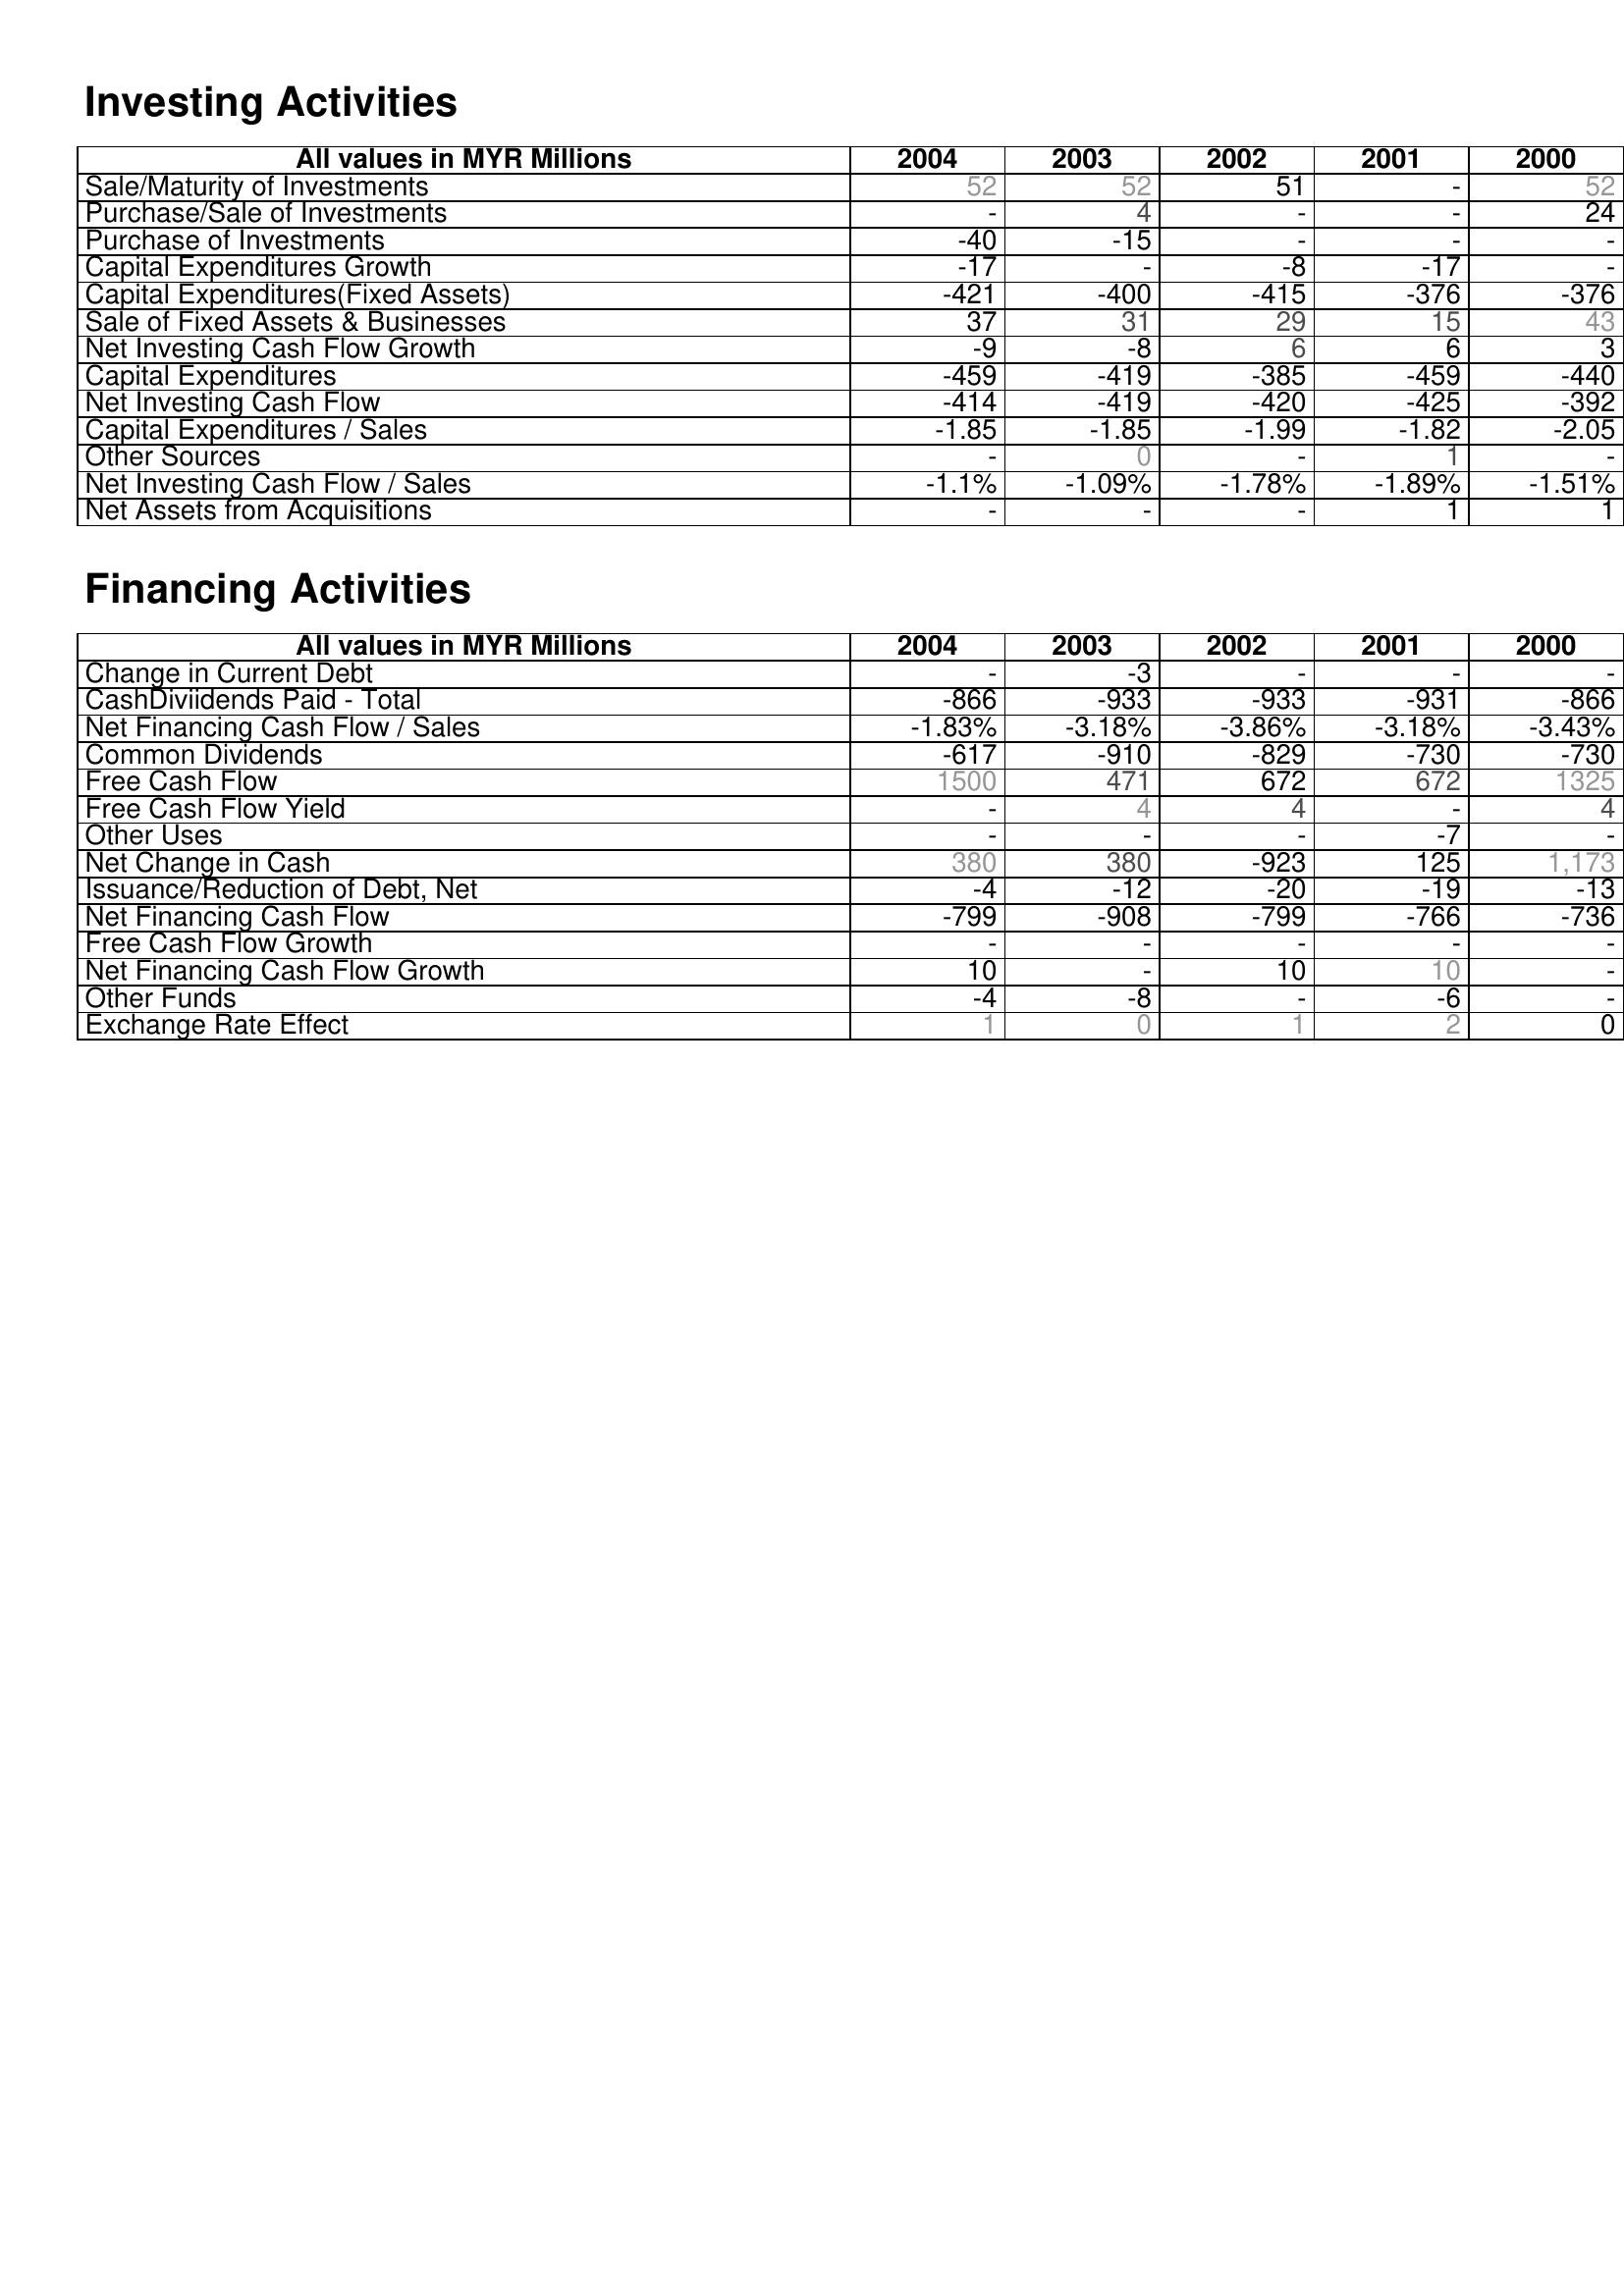
2004: Investing Activities: Sale/Maturity of Investments: 52
Purchase/Sale of Investments: -
Purchase of Investments: -40
Capital Expenditures Growth: -17
Capital Expenditures(Fixed Assets): -421
Sale of Fixed Assets & Businesses: 37
Net Investing Cash Flow Growth: -9
Capital Expenditures: -459
Net Investing Cash Flow: -414
Capital Expenditures / Sales: -1.85
Other Sources: -
Net Investing Cash Flow / Sales: -1.1%
Net Assets from Acquisitions: -
Financing Activities: Change in Current Debt: -
CashDiviidends Paid - Total: -866
Net Financing Cash Flow / Sales: -1.83%
Common Dividends: -617
Free Cash Flow: 1500
Free Cash Flow Yield: -
Other Uses: -
Net Change in Cash: 380
Issuance/Reduction of Debt, Net: -4
Net Financing Cash Flow: -799
Free Cash Flow Growth: -
Net Financing Cash Flow Growth: 10
Other Funds: -4
Exchange Rate Effect: 1
2003: Investing Activities: Sale/Maturity of Investments: 52
Purchase/Sale of Investments: 4
Purchase of Investments: -15
Capital Expenditures Growth: -
Capital Expenditures(Fixed Assets): -400
Sale of Fixed Assets & Businesses: 31
Net Investing Cash Flow Growth: -8
Capital Expenditures: -419
Net Investing Cash Flow: -419
Capital Expenditures / Sales: -1.85
Other Sources: 0
Net Investing Cash Flow / Sales: -1.09%
Net Assets from Acquisitions: -
Financing Activities: Change in Current Debt: -3
CashDiviidends Paid - Total: -933
Net Financing Cash Flow / Sales: -3.18%
Common Dividends: -910
Free Cash Flow: 471
Free Cash Flow Yield: 4
Other Uses: -
Net Change in Cash: 380
Issuance/Reduction of Debt, Net: -12
Net Financing Cash Flow: -908
Free Cash Flow Growth: -
Net Financing Cash Flow Growth: -
Other Funds: -8
Exchange Rate Effect: 0
2002: Investing Activities: Sale/Maturity of Investments: 51
Purchase/Sale of Investments: -
Purchase of Investments: -
Capital Expenditures Growth: -8
Capital Expenditures(Fixed Assets): -415
Sale of Fixed Assets & Businesses: 29
Net Investing Cash Flow Growth: 6
Capital Expenditures: -385
Net Investing Cash Flow: -420
Capital Expenditures / Sales: -1.99
Other Sources: -
Net Investing Cash Flow / Sales: -1.78%
Net Assets from Acquisitions: -
Financing Activities: Change in Current Debt: -
CashDiviidends Paid - Total: -933
Net Financing Cash Flow / Sales: -3.86%
Common Dividends: -829
Free Cash Flow: 672
Free Cash Flow Yield: 4
Other Uses: -
Net Change in Cash: -923
Issuance/Reduction of Debt, Net: -20
Net Financing Cash Flow: -799
Free Cash Flow Growth: -
Net Financing Cash Flow Growth: 10
Other Funds: -
Exchange Rate Effect: 1
2001: Investing Activities: Sale/Maturity of Investments: -
Purchase/Sale of Investments: -
Purchase of Investments: -
Capital Expenditures Growth: -17
Capital Expenditures(Fixed Assets): -376
Sale of Fixed Assets & Businesses: 15
Net Investing Cash Flow Growth: 6
Capital Expenditures: -459
Net Investing Cash Flow: -425
Capital Expenditures / Sales: -1.82
Other Sources: 1
Net Investing Cash Flow / Sales: -1.89%
Net Assets from Acquisitions: 1
Financing Activities: Change in Current Debt: -
CashDiviidends Paid - Total: -931
Net Financing Cash Flow / Sales: -3.18%
Common Dividends: -730
Free Cash Flow: 672
Free Cash Flow Yield: -
Other Uses: -7
Net Change in Cash: 125
Issuance/Reduction of Debt, Net: -19
Net Financing Cash Flow: -766
Free Cash Flow Growth: -
Net Financing Cash Flow Growth: 10
Other Funds: -6
Exchange Rate Effect: 2
2000: Investing Activities: Sale/Maturity of Investments: 52
Purchase/Sale of Investments: 24
Purchase of Investments: -
Capital Expenditures Growth: -
Capital Expenditures(Fixed Assets): -376
Sale of Fixed Assets & Businesses: 43
Net Investing Cash Flow Growth: 3
Capital Expenditures: -440
Net Investing Cash Flow: -392
Capital Expenditures / Sales: -2.05
Other Sources: -
Net Investing Cash Flow / Sales: -1.51%
Net Assets from Acquisitions: 1
Financing Activities: Change in Current Debt: -
CashDiviidends Paid - Total: -866
Net Financing Cash Flow / Sales: -3.43%
Common Dividends: -730
Free Cash Flow: 1325
Free Cash Flow Yield: 4
Other Uses: -
Net Change in Cash: 1,173
Issuance/Reduction of Debt, Net: -13
Net Financing Cash Flow: -736
Free Cash Flow Growth: -
Net Financing Cash Flow Growth: -
Other Funds: -
Exchange Rate Effect: 0